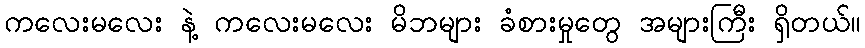
ကလေးမလေး နဲ့ ကလေးမလေး မိဘများ ခံစားမှုတွေ အများကြီး ရှိတယ်။